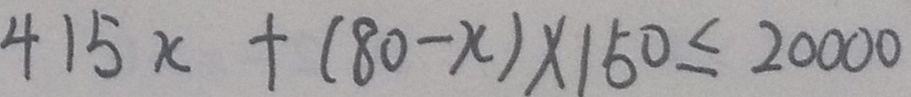
4 1 5 x + ( 8 0 - x ) \times 1 5 0 \leq 2 0 0 0 0